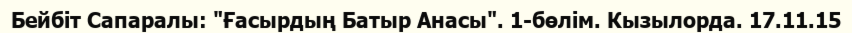
Бейбіт Сапаралы: "Ғасырдың Батыр Анасы". 1-бөлім. Кызылорда. 17.11.15